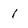
Character: 1